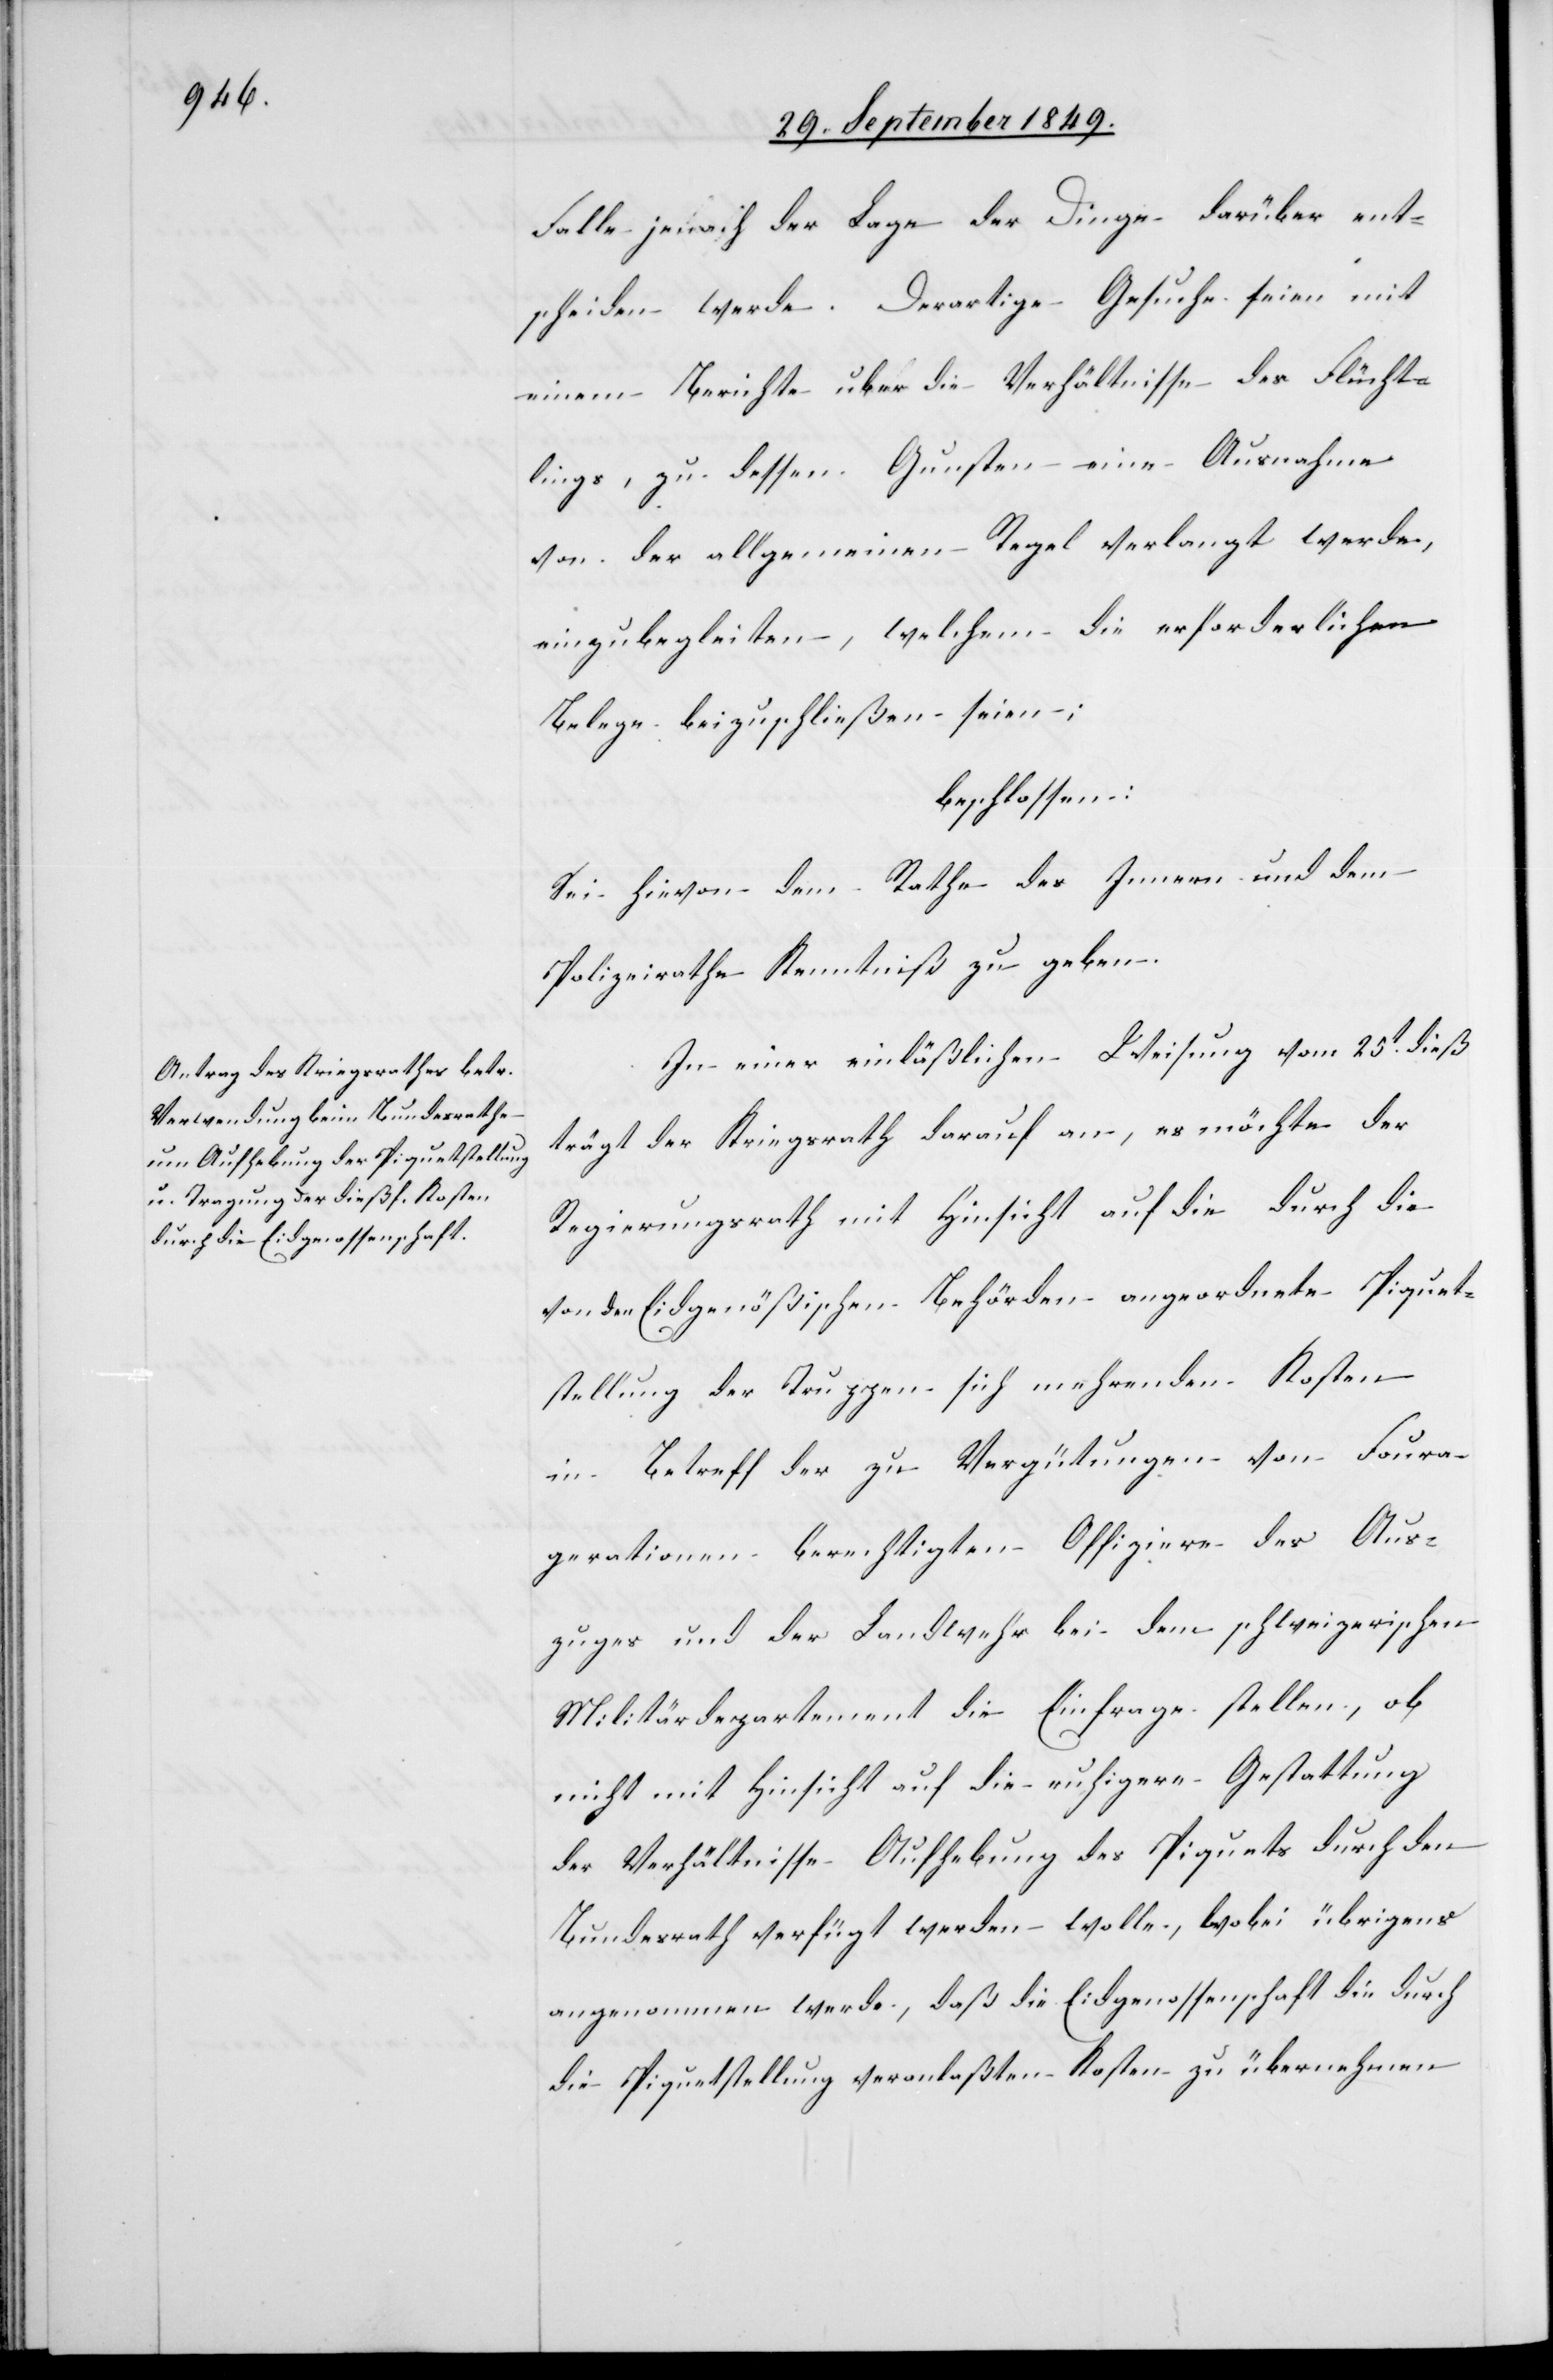
Falle jenach der Lage der Dinge darüber ent¬
scheiden werde. Derartige Gesuche seien mit
einem Berichte über die Verhältnisse des Flücht¬
lings, zu dessen Gunsten eine Ausnahme
von der allgemeinen Regel verlangt werde,
einzubegleiten, welchem die erforderlichen
Belege beizuschließen seien;
beschlossen:
Sei hievon dem Rathe des Innern und dem
Polizeirathe Kenntniß zu geben.
In einer einläßlichen Weisung vom 25t dieß
trägt der Kriegsrath darauf an, es möchte der
Regierungsrath mit Hinsicht auf die durch die
von den Eidgenößischen Behörden angeordnete Piquet¬
stellung der Truppen sich mehrenden Kosten
in Betreff der zu Vergütungen von Foura¬
gerationen berechtigten Offiziere des Aus¬
zuges und der Landwehr bei dem schweizerischen
Militärdepartement die Einfrage stellen, ob
nicht mit Hinsicht auf die ruhigere Gestattung
der Verhältnisse Aufhebung des Piquets durch den
Bundesrath verfügt werden wolle, wobei übrigens
angenommen werde, daß die Eidgenossenschaft die durch
die Piquetstellung veranlaßten Kosten zu übernehmen